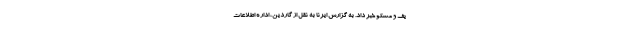
یف و مسکو خبر داد. به گزارش ایرنا به نقل از گاردین، اداره اطلاعات